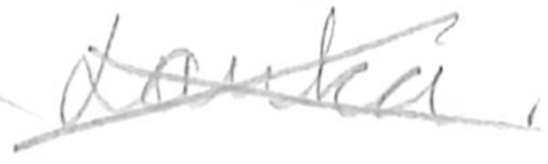
Text: Lanka.
Cross-out: mix
Writing tool: pencil